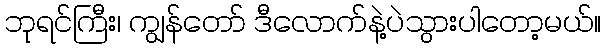
ဘုရင်ကြီး၊ ကျွန်တော် ဒီလောက်နဲ့ပဲသွားပါတော့မယ်။